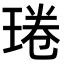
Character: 𤦔